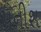
પનીશ